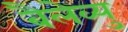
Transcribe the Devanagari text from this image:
बैलेव्यु